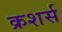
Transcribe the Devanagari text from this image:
क्रशर्स